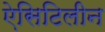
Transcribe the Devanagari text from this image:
ऐसिटिलीन